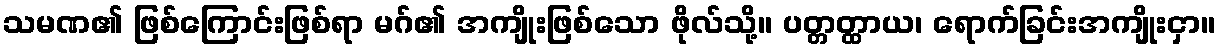
သမဏ၏ ဖြစ်ကြောင်းဖြစ်ရာ မဂ်၏ အကျိုးဖြစ်သော ဖိုလ်သို့။ ပတ္တတ္ထာယ၊ ရောက်ခြင်းအကျိုးငှာ။